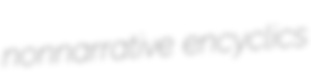
nonnarrative encyclics